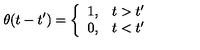
\theta ( t - t ^ { \prime } ) = \left\{ \begin{array} { l l } { 1 , } & { t > t ^ { \prime } } \\ { 0 , } & { t < t ^ { \prime } } \\ \end{array} \right.